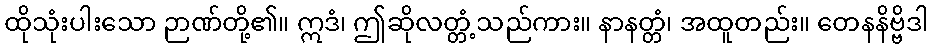
ထိုသုံးပါးသော ဉာဏ်တို့၏။ ဣဒံ၊ ဤဆိုလတ္တံ့သည်ကား။ နာနတ္တံ၊ အထူတည်း။ တေနနိဗ္ဗိဒါ